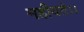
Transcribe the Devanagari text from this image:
महीयते।।